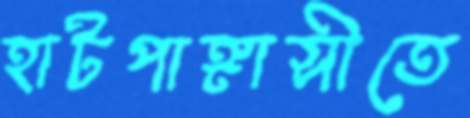
হাটপাঙ্গাসীতে